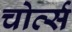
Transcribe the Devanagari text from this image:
चोर्त्स